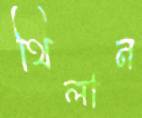
থিলান